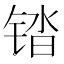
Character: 𰾓